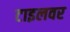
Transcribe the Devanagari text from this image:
टाइलवर